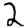
Digit: 2